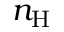
n _ { \mathrm { H } }